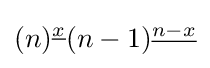
(n)^{\underline {x}}(n-1)^{\underline {n-x}}